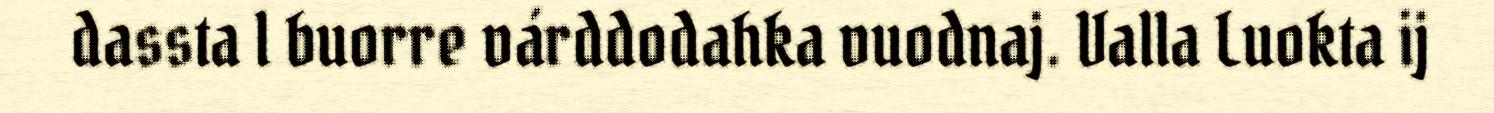
dassta l buorre várddodahka vuodnaj. Valla Luokta ij